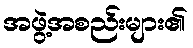
အဖွဲ့အစည်းများ၏